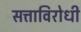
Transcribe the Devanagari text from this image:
सत्ताविरोधी